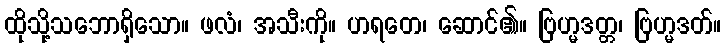
ထိုသို့သဘောရှိသော။ ဖလံ၊ အသီးကို။ ဟရတေ၊ ဆောင်၏။ ဗြဟ္မဒတ္တ၊ ဗြဟ္မဒတ်။